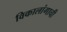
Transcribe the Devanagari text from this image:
विकालांगाची